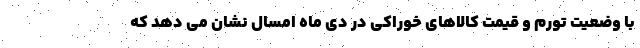
با وضعیت تورم و قیمت کالاهای خوراکی در دی ماه امسال نشان می دهد که